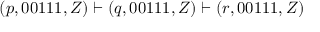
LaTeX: ( p , 0 0 1 1 1 , Z ) \vdash ( q , 0 0 1 1 1 , Z ) \vdash ( r , 0 0 1 1 1 , Z )